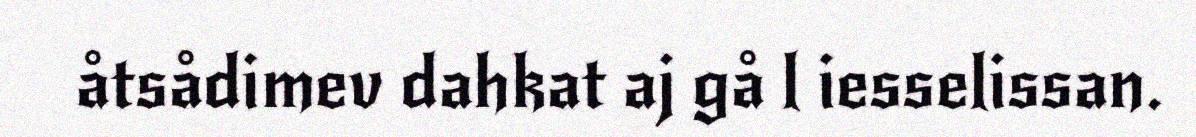
åtsådimev dahkat aj gå l iesselissan.